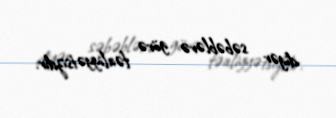
digər səbəblərə görə fəaliyyətsizdir.